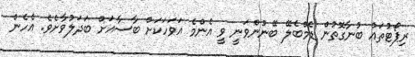
ރިޕޯޓުތައް ބުނާގޮތުން ޑެމްބެލޭ ބޭނުންވަނީ ވީ އެންމެ އަވަހަކަށް ބާސާއަށް ބަދަލުވާށެވެ. އެހެން